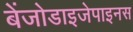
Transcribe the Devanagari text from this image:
बेंजोडाइजेपाइनस